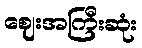
ဈေးအကြီးဆုံး